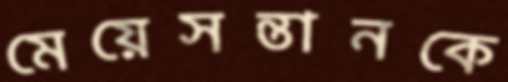
মেয়েসন্তানকে